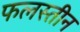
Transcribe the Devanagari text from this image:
फलस्तीन